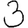
Digit: 3